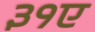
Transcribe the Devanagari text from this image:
३१ए